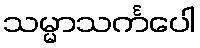
သမ္မာသင်္ကပေါ